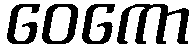
ဝေကော